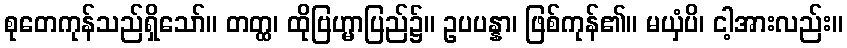
စုတေကုန်သည်ရှိသော်။ တတ္ထ၊ ထိုဗြဟ္မာပြည်၌။ ဥပပန္နာ၊ ဖြစ်ကုန်၏။ မယှံပိ၊ ငါ့အားလည်း။